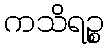
ကသိရဉ္စ